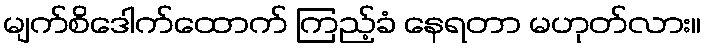
မျက်စိဒေါက်ထောက် ကြည့်ခံ နေရတာ မဟုတ်လား။